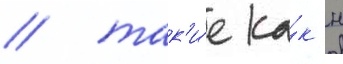
/ так'и́е ка́к н